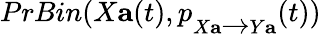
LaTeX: PrBin(X\mathbf{a}(t),p_{X\mathbf{a}\xrightarrow{}Y\mathbf{a}}(t))